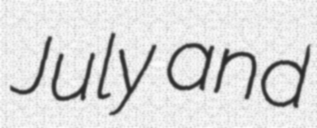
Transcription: July and